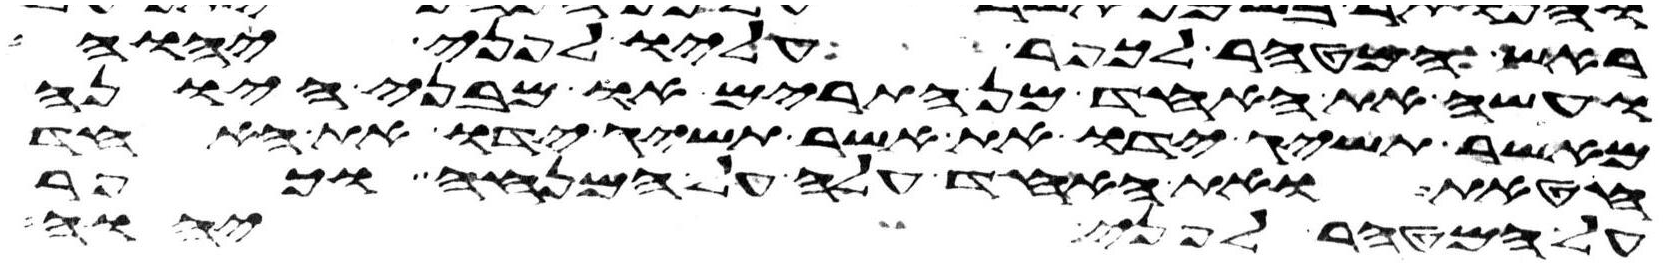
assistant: ראש המטהר לכפר עליו לפני יהוה
ועשה את האחד מן התרים או מבני היונה
מאשר תשיג ידו את אשר תשיג ידו את האחד
חטאת ואת האחד עלה על המנחה וכפר
על המטהר לפני יהוה